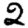
Digit: 2